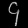
Digit: ၄